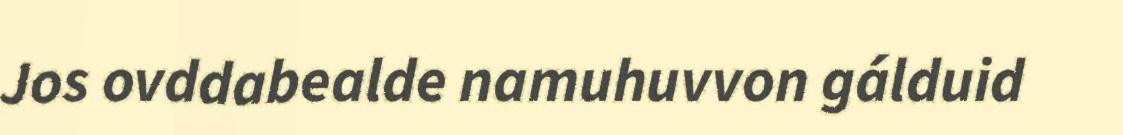
Jos ovddabealde namuhuvvon gálduid